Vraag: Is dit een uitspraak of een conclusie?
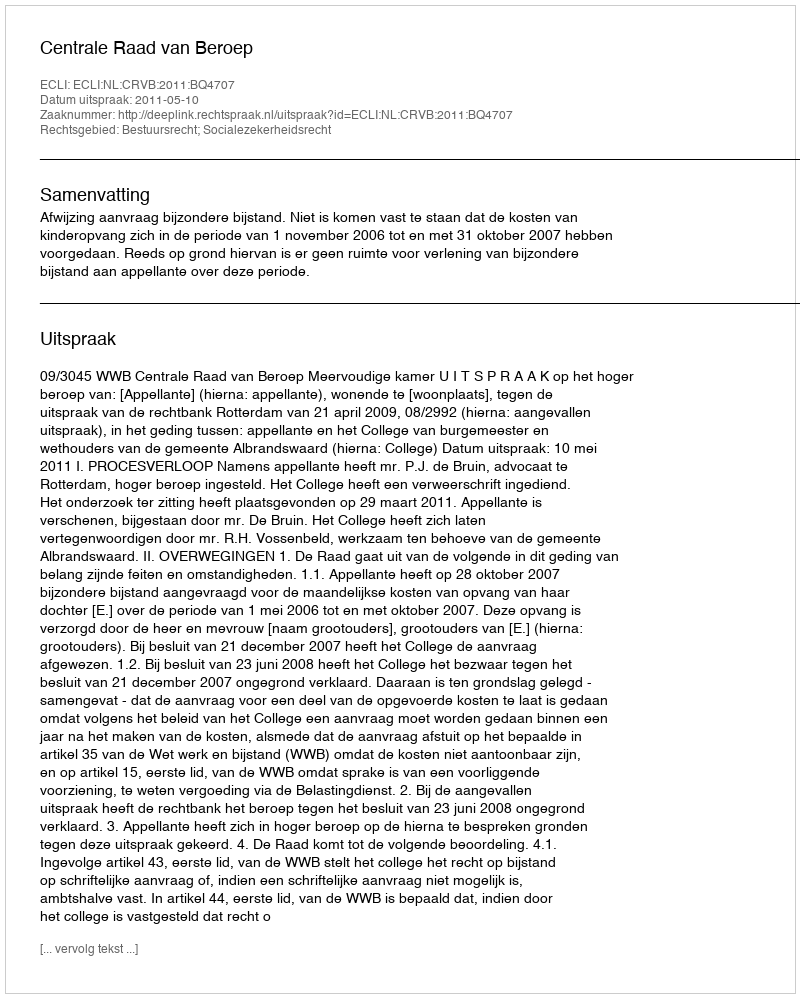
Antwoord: Uitspraak